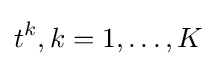
t^{k},k=1,\ldots ,K